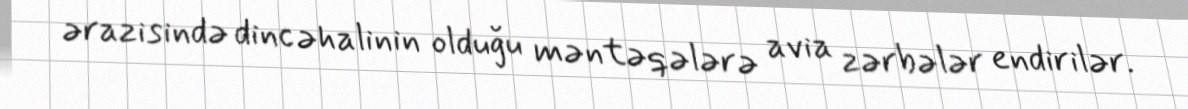
ərazisində dinc əhalinin olduğu məntəqələrə avia zərbələr endirilər.